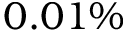
0 . 0 1 \%